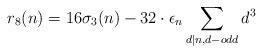
LaTeX: \begin{align*}r_8(n)=16\sigma_{3}(n)-32\cdot\epsilon_n\sum_{d|n,d-odd}d^3\end{align*}